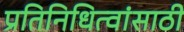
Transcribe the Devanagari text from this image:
प्रतिनिधित्वांसाठी